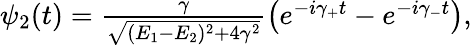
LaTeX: \begin{array}{r}{\psi_{2}(t)=\frac{\gamma}{\sqrt{(E_{1}-E_{2})^{2}+4\gamma^{2}}}\left(e^{-i\gamma_{+}t}-e^{-i\gamma_{-}t}\right),}\end{array}